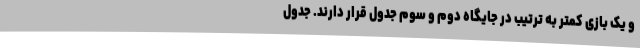
و یک بازی کمتر به ترتیب در جایگاه دوم و سوم جدول قرار دارند. جدول